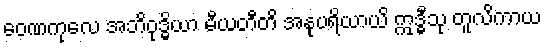
ဝေဏကုလေ အဘိဝုဒ္ဓိယာ မီယတီတိ အနုပရိယာယိ ဣဒ္ဓီသု တူလိကာယ